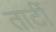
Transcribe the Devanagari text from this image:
ताटीं